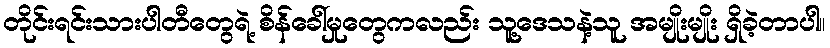
တိုင်းရင်းသားပါတီတွေရဲ့ စိန်ခေါ်မှုတွေကလည်း သူ့ဒေသနဲ့သူ အမျိုးမျိုး ရှိခဲ့တာပါ။